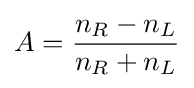
A={\frac {n_{R}-n_{L}}{n_{R}+n_{L}}}